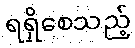
ရရှိစေသည့်